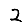
Digit: 2